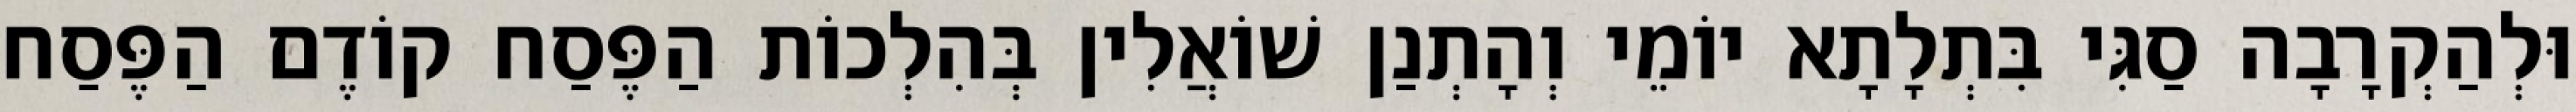
וּלְהַקְרָבָה סַגִּי בִּתְלָתָא יוֹמֵי וְהָתְנַן שׁוֹאֲלִין בְּהִלְכוֹת הַפֶּסַח קוֹדֶם הַפֶּסַח